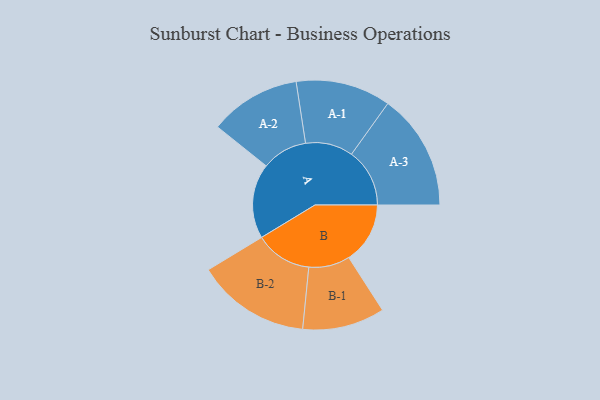
{"axis": {"x": "Segment", "y": "Value"}, "legend": ["", "A", "B"], "data": [{"x": "A", "y": 386, "type": ""}, {"x": "B", "y": 316, "type": ""}, {"x": "A-1", "y": 245, "type": "A"}, {"x": "A-2", "y": 235, "type": "A"}, {"x": "A-3", "y": 300, "type": "A"}, {"x": "B-1", "y": 212, "type": "B"}, {"x": "B-2", "y": 293, "type": "B"}]}